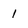
Character: 1